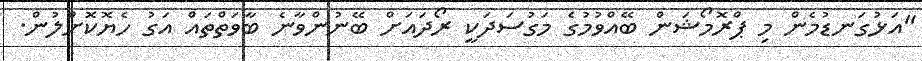
"އަޅުގަނޑުމެން މި ޕްރޮމޯޝަން ބޭއްވުމުގެ މަގުސަދަކީ ރޯދައަށް ބޭނުންވާނެ ބާވަތްތައް އަގު ހެޔޮކޮށްލުން.